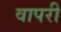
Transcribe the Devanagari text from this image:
वापरी